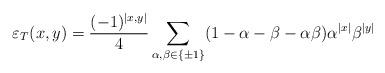
LaTeX: \begin{align*}\varepsilon _{T}(x,y)=\frac{(-1)^{\left| x,y\right| }}{4}\sum _{\alpha ,\beta \in \left\{ \pm 1\right\} }(1-\alpha -\beta -\alpha \beta )\alpha ^{\left| x\right| }\beta ^{\left| y\right| }\end{align*}